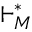
\vdash _ { M } ^ { * }